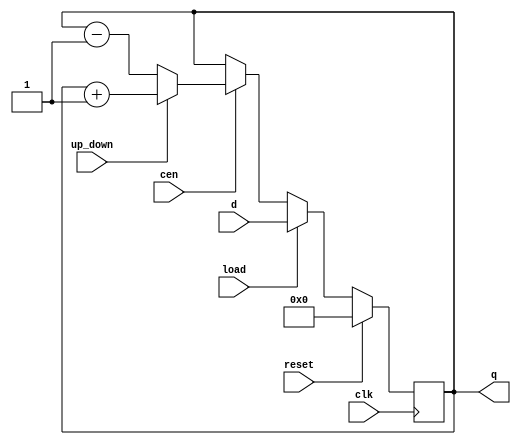
module loadable_counter (
    input wire clk,            // Clock signal
    input wire reset,          // Synchronous reset
    input wire load,           // Load enable
    input wire cen,            // Count enable
    input wire up_down,        // Count direction (1 for up, 0 for down)
    input wire [N-1:0] d,      // Data input for loading value
    output reg [N-1:0] q       // Counter output
);

    parameter N = 8; // Define the width of the counter

    always @(posedge clk) begin
        if (reset) begin
            q <= 0; // Reset the counter to 0
        end else if (load) begin
            q <= d; // Load the new value into the counter
        end else if (cen) begin
            if (up_down) begin
                q <= q + 1; // Increment the counter
            end else begin
                q <= q - 1; // Decrement the counter
            end
        end
    end

endmodule